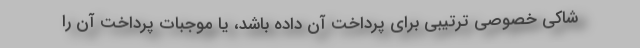
شاکی خصوصی ترتیبی برای پرداخت آن داده باشد، یا موجبات پرداخت آن را